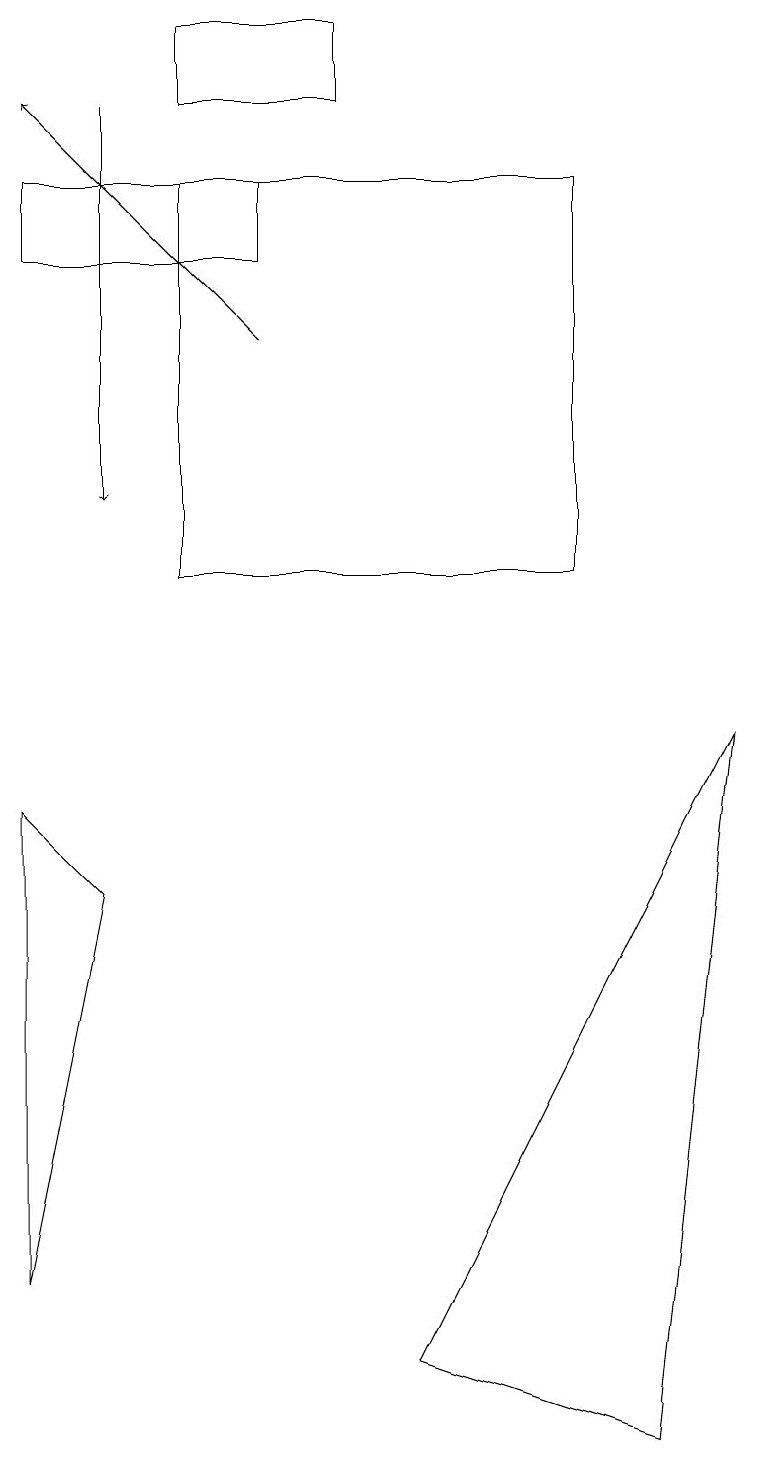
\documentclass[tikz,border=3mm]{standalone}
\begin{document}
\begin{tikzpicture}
\draw (2,11) rectangle (7,16);
\draw (1,7) -- (0,2) -- (0,8) -- cycle;
\draw[->] (3,14) -- (0,17);
\draw[->] (1,17) -- (1,12);
\draw (2,17) rectangle (4,18);
\draw (0,15) rectangle (3,16);
\draw (9,9) -- (5,1) -- (8,0) -- cycle;
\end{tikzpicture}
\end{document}